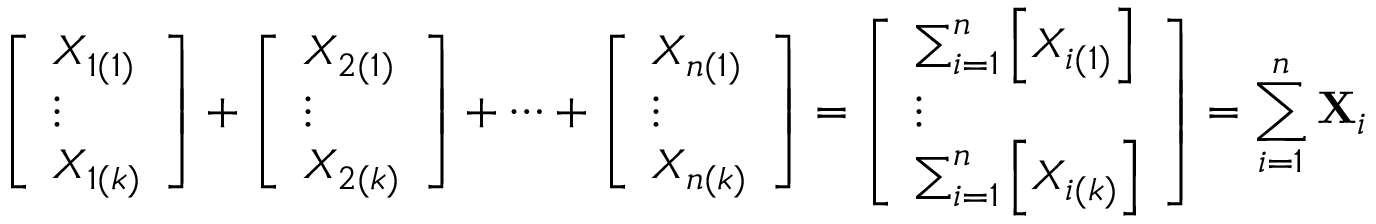
{ \left[ \begin{array} { l } { X _ { 1 ( 1 ) } } \\ { \vdots } \\ { X _ { 1 ( k ) } } \end{array} \right] } + { \left[ \begin{array} { l } { X _ { 2 ( 1 ) } } \\ { \vdots } \\ { X _ { 2 ( k ) } } \end{array} \right] } + \cdots + { \left[ \begin{array} { l } { X _ { n ( 1 ) } } \\ { \vdots } \\ { X _ { n ( k ) } } \end{array} \right] } = { \left[ \begin{array} { l } { \sum _ { i = 1 } ^ { n } \left[ X _ { i ( 1 ) } \right] } \\ { \vdots } \\ { \sum _ { i = 1 } ^ { n } \left[ X _ { i ( k ) } \right] } \end{array} \right] } = \sum _ { i = 1 } ^ { n } \mathbf { X } _ { i }